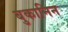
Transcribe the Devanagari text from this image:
बुकानिन